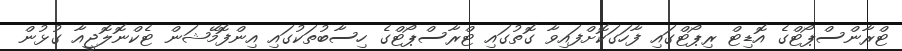
ޓްރާންސްޕޯޓްގެ އޮޑިޓް ރިޕޯޓްގައި ފާހަގަކޮށްފައިވާ ގޮތުގައި ޓްރާސްޕޯޓްގެ ހިސާބުތަކުގައި އިންފޮމޭޝަން ޓެކްނޮލޮޖީއާ ގުޅުން